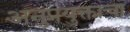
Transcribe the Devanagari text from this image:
अनुप्रयुक्ताचा